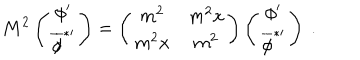
LaTeX: M ^ { 2 } \left( \begin{matrix} { { \phi ^ { \prime } } } \\ { { { \overline { { { \phi } } } } ^ { * \prime } } } \\ \end{matrix} \right) = \left( \begin{matrix} { { m ^ { 2 } } } & { { m ^ { 2 } x } } \\ { { m ^ { 2 } x } } & { { m ^ { 2 } } } \\ \end{matrix} \right) \left( \begin{matrix} { { \phi ^ { \prime } } } \\ { { { \overline { { { \phi } } } } ^ { * \prime } } } \\ \end{matrix} \right) \ .